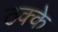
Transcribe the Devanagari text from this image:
ठक्के